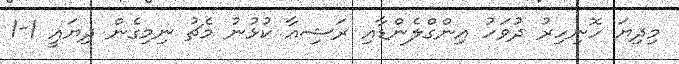
މިދިޔަ ހޮނިހިރު ދުވަހު އިންގްލެންޑާއި ރަޝިއާ ކުޅުނު މެޗު ނިމިގެން ދިޔައީ 1-1